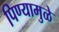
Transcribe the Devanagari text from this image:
पिण्यामुळे